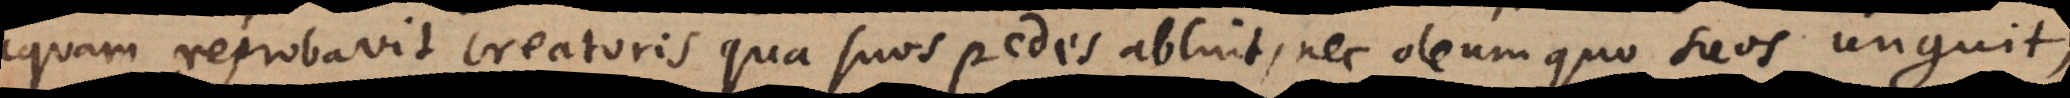
aquam reprobavit creatoris qua suos pedes abluit, nec oleum quo suos unguit,